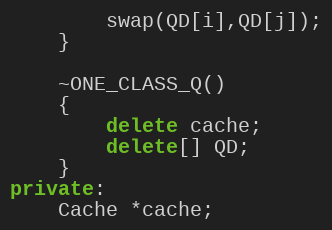
Language: C++
		swap(QD[i],QD[j]);
	}

	~ONE_CLASS_Q()
	{
		delete cache;
		delete[] QD;
	}
private:
	Cache *cache;